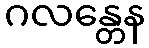
ဂလန္တေန